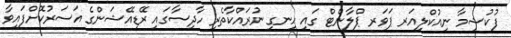
ފުކުޝިމާ ނިއުކްލިއަރ ޕަވަރ ޕްލާންޓް ގައި ހިނގި ނުރައްކާތެރި ހާދިސާގައި ރޭޑިއޭޝަންގެ އަސަރުކޮށްފައިވާ